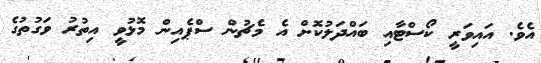
އެވެ. އައިވަރީ ކޯސްޓާއި ބައްދަލުކޮށް އެ މެޗުން ސްޕެއިން މޮޅުވީ އިތުރު ވަގުތުގެ